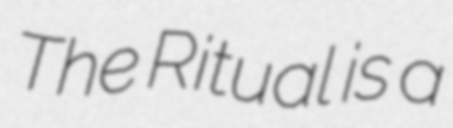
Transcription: The Ritual is a